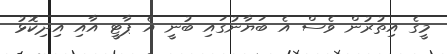
މީގެ އިތުރުން ވެސް އެ ބަޔާނުގައި ބުނީ އެ ޕާޓީ އާއި އިދިކޮޅު